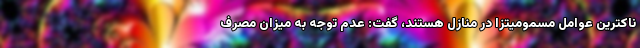
ناکترین عوامل مسمومیتزا در منازل هستند، گفت: عدم توجه به میزان مصرف